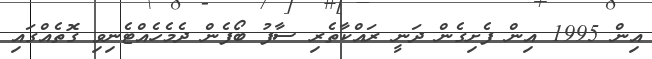
އިން 1995 އިން ފެށިގެން ދަނީ ރައްކާތެރި ސާފު ބޯފެން ދެެމެހެއްޓެނިވި ގޮތެއްގައި